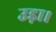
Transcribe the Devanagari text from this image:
उड़ा।